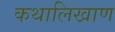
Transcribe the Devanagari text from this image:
कथालिखाण